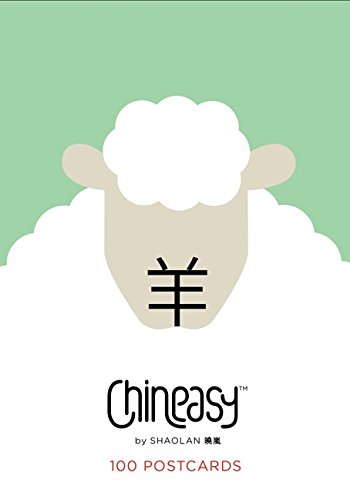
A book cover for Chineasy: 100 Postcards: The New Way to Read Chinese; ShaoLan Hsueh; Reference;